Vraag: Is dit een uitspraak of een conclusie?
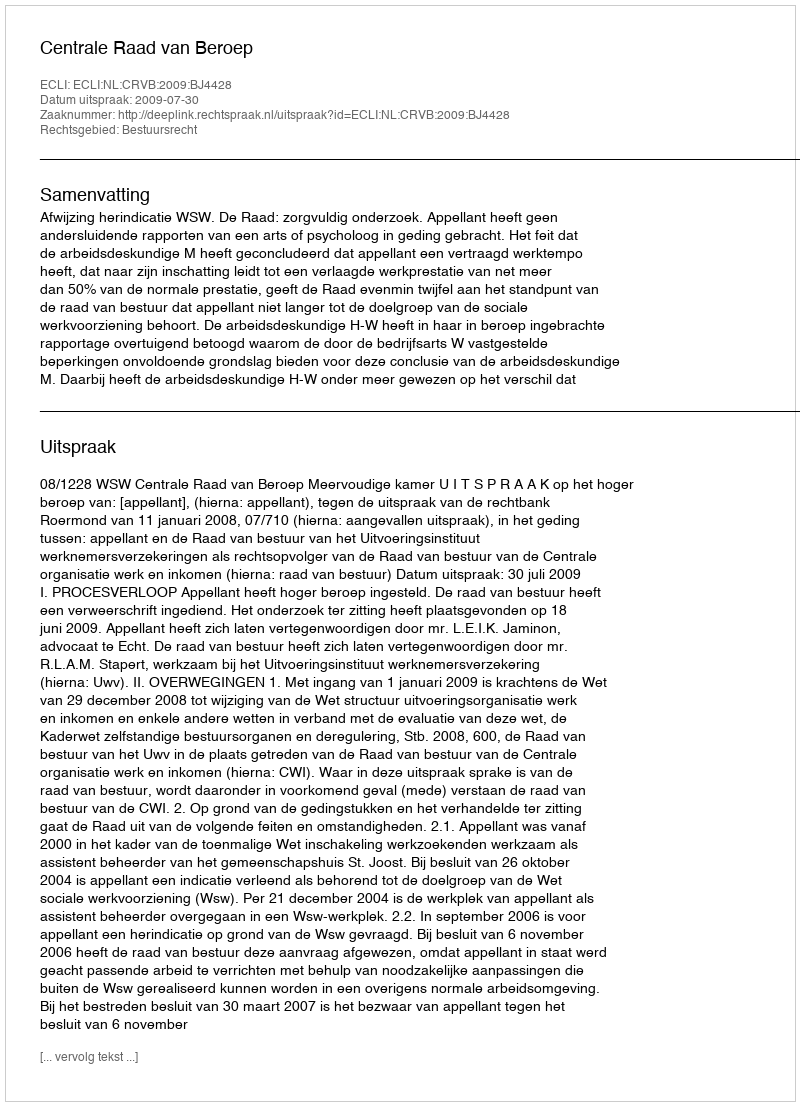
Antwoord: Uitspraak